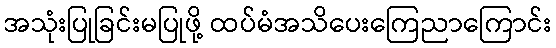
အသုံးပြုခြင်းမပြုဖို့ ထပ်မံအသိပေးကြေညာကြောင်း